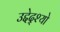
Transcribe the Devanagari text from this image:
उद्देद्श्यो